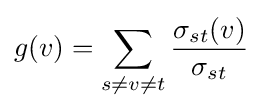
g(v)=\sum _{s\neq v\neq t}{\frac {\sigma _{st}(v)}{\sigma _{st}}}